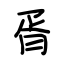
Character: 胥